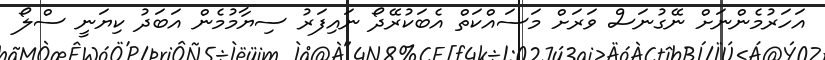
އަހަރުމެންނަށް ނޭގުނަސް ވަރަށް މަސައްކަތް އެބަކުރޭދޯ ނައިފަރު ސިޔާމުމެން އަބަދު ކިޔަނީ ސްލޯ